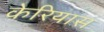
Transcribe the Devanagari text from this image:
केरियास